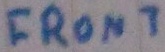
Text: FRONT